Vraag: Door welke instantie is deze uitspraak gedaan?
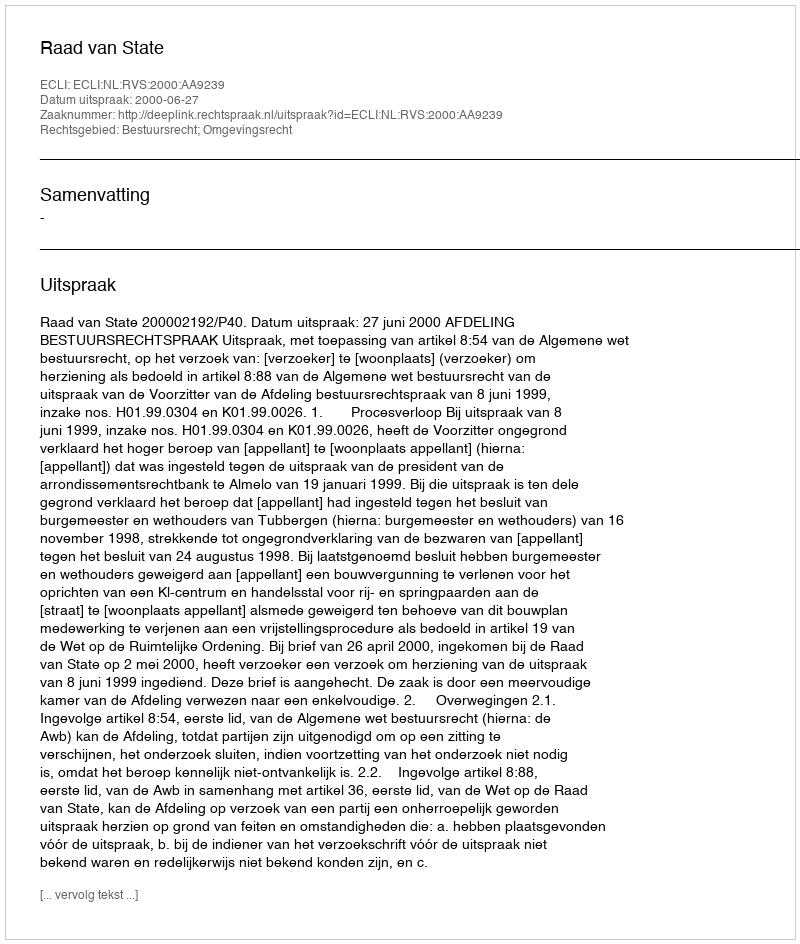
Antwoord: Raad van State